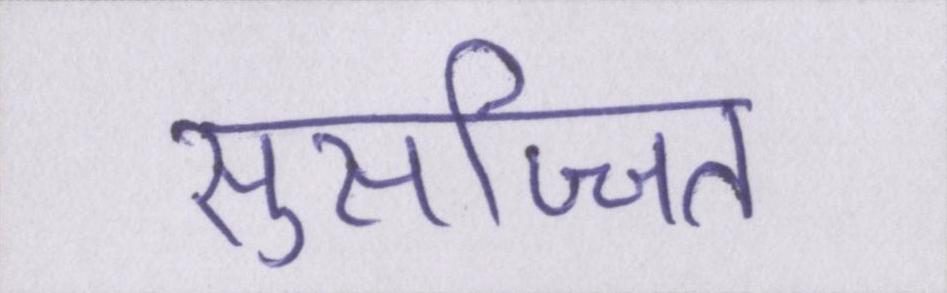
सुसज्जित